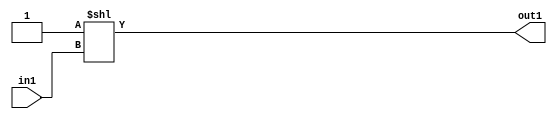
`timescale 1ps / 1ps
/*****************************************************************************
    Verilog RTL Description
    
    
    Created by: Stratus DpOpt 2019.1.01 
*******************************************************************************/

module SobelFilter_DECODE_2U_4_4 (
	in1,
	out1
	); /* architecture "behavioural" */ 
input  in1;
output [1:0] out1;
wire [1:0] asc001;

assign asc001 = 2'B01 << in1;

assign out1 = asc001;
endmodule

/* CADENCE  urb0Tww= : u9/ySgnWtBlWxVPRXgAZ4Og= ** DO NOT EDIT THIS LINE ******/